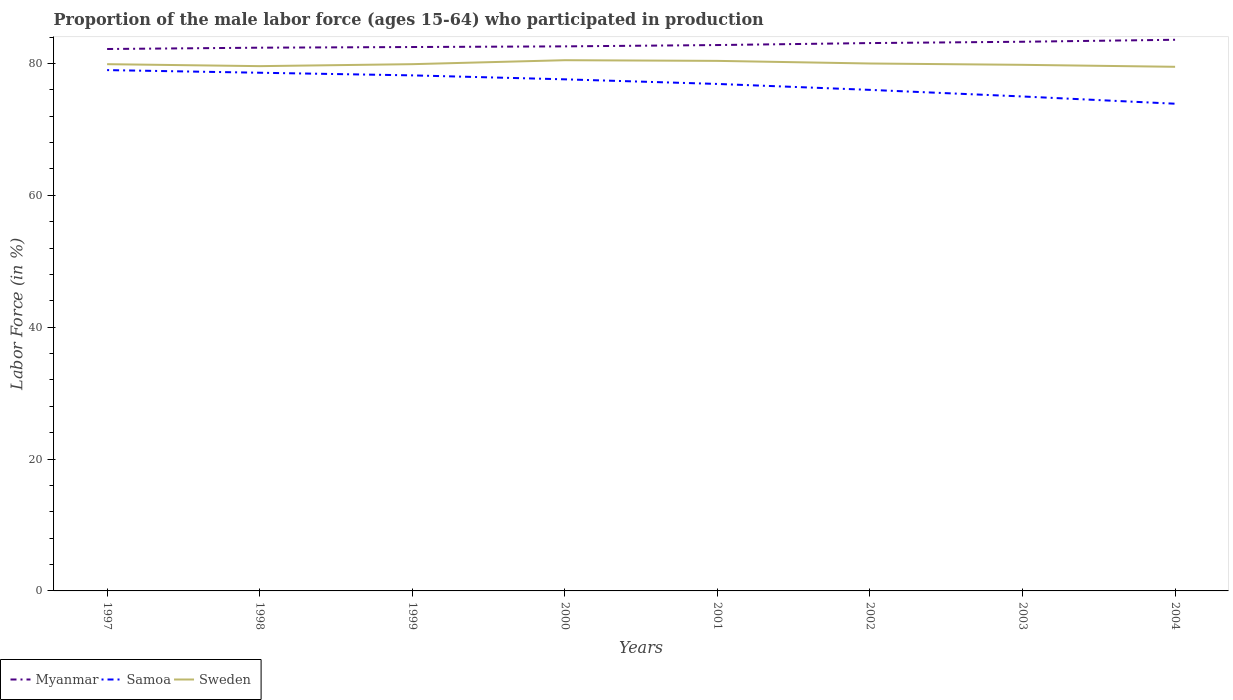
| Years | Myanmar | Samoa | Sweden |
 | --- | --- | --- | --- |
 | 1997 | 82.2 | 79 | 79.9 |
 | 1998 | 82.4 | 78.6 | 79.6 |
 | 1999 | 82.5 | 78.2 | 79.9 |
 | 2000 | 82.6 | 77.6 | 80.5 |
 | 2001 | 82.8 | 76.9 | 80.4 |
 | 2002 | 83.1 | 76 | 80 |
 | 2003 | 83.3 | 75 | 79.8 |
 | 2004 | 83.6 | 73.9 | 79.5 |